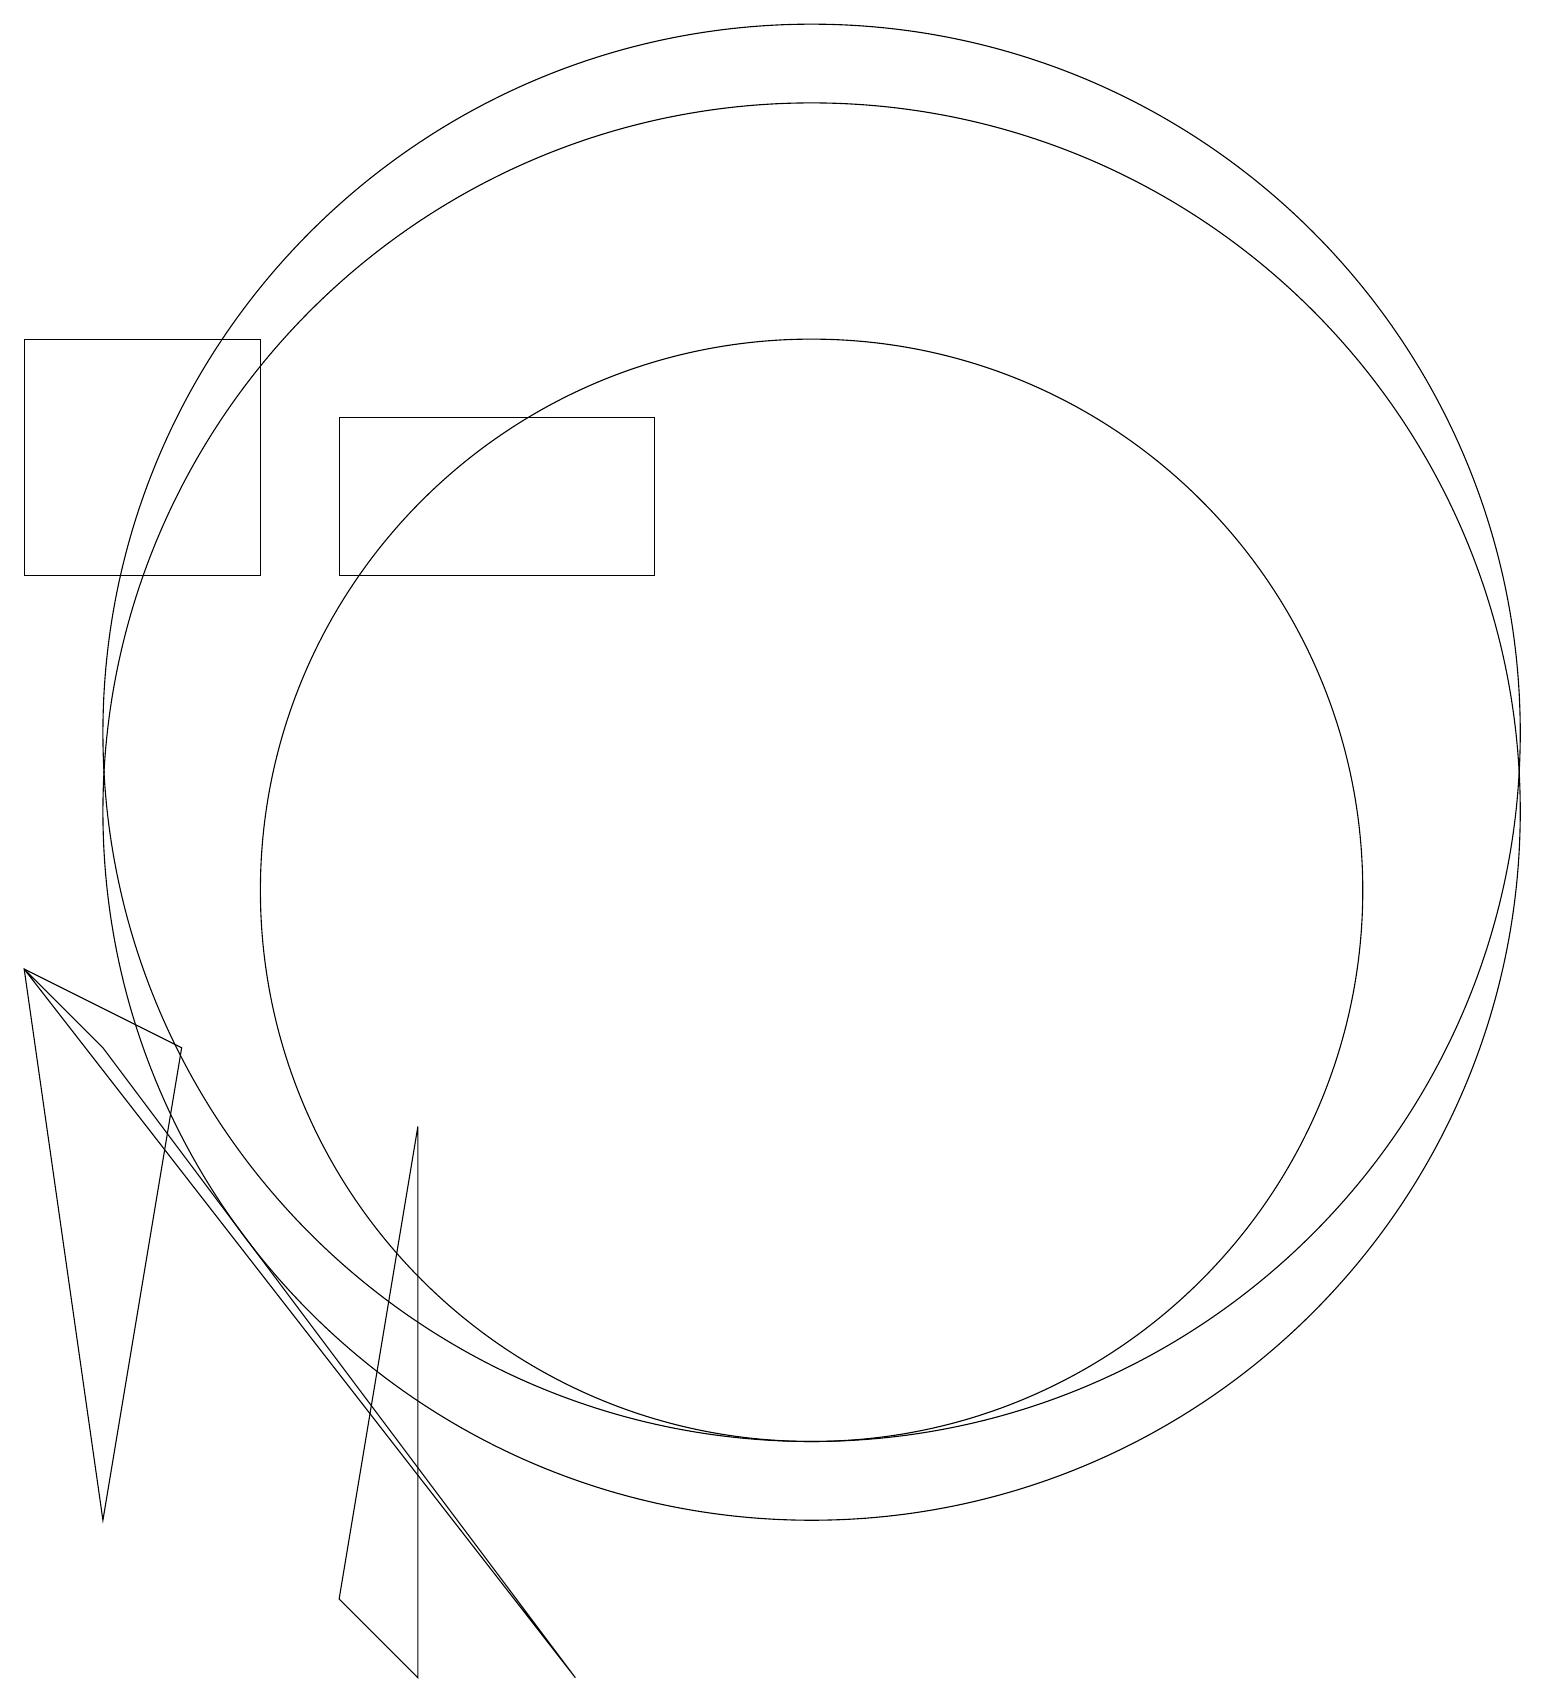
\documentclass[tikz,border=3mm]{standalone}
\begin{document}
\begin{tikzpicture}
\draw (11,11) circle (9);
\draw (1,17) rectangle (4,14);
\draw (11,12) circle (9);
\draw (6,7) -- (5,1) -- (6,0) -- cycle;
\draw (2,2) -- (1,9) -- (3,8) -- cycle;
\draw (11,10) circle (7);
\draw (5,14) rectangle (9,16);
\draw (8,0) -- (2,8) -- (1,9) -- cycle;
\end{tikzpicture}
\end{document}